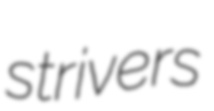
strivers